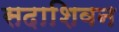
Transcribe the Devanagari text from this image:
सदाशिवन